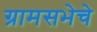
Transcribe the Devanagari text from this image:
ग्रामसभेचे